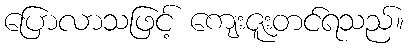
ပြောလာသဖြင့် ကျေးဇူးတင်ရသည်။